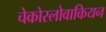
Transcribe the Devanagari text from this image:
चेकोस्लोवाकियन